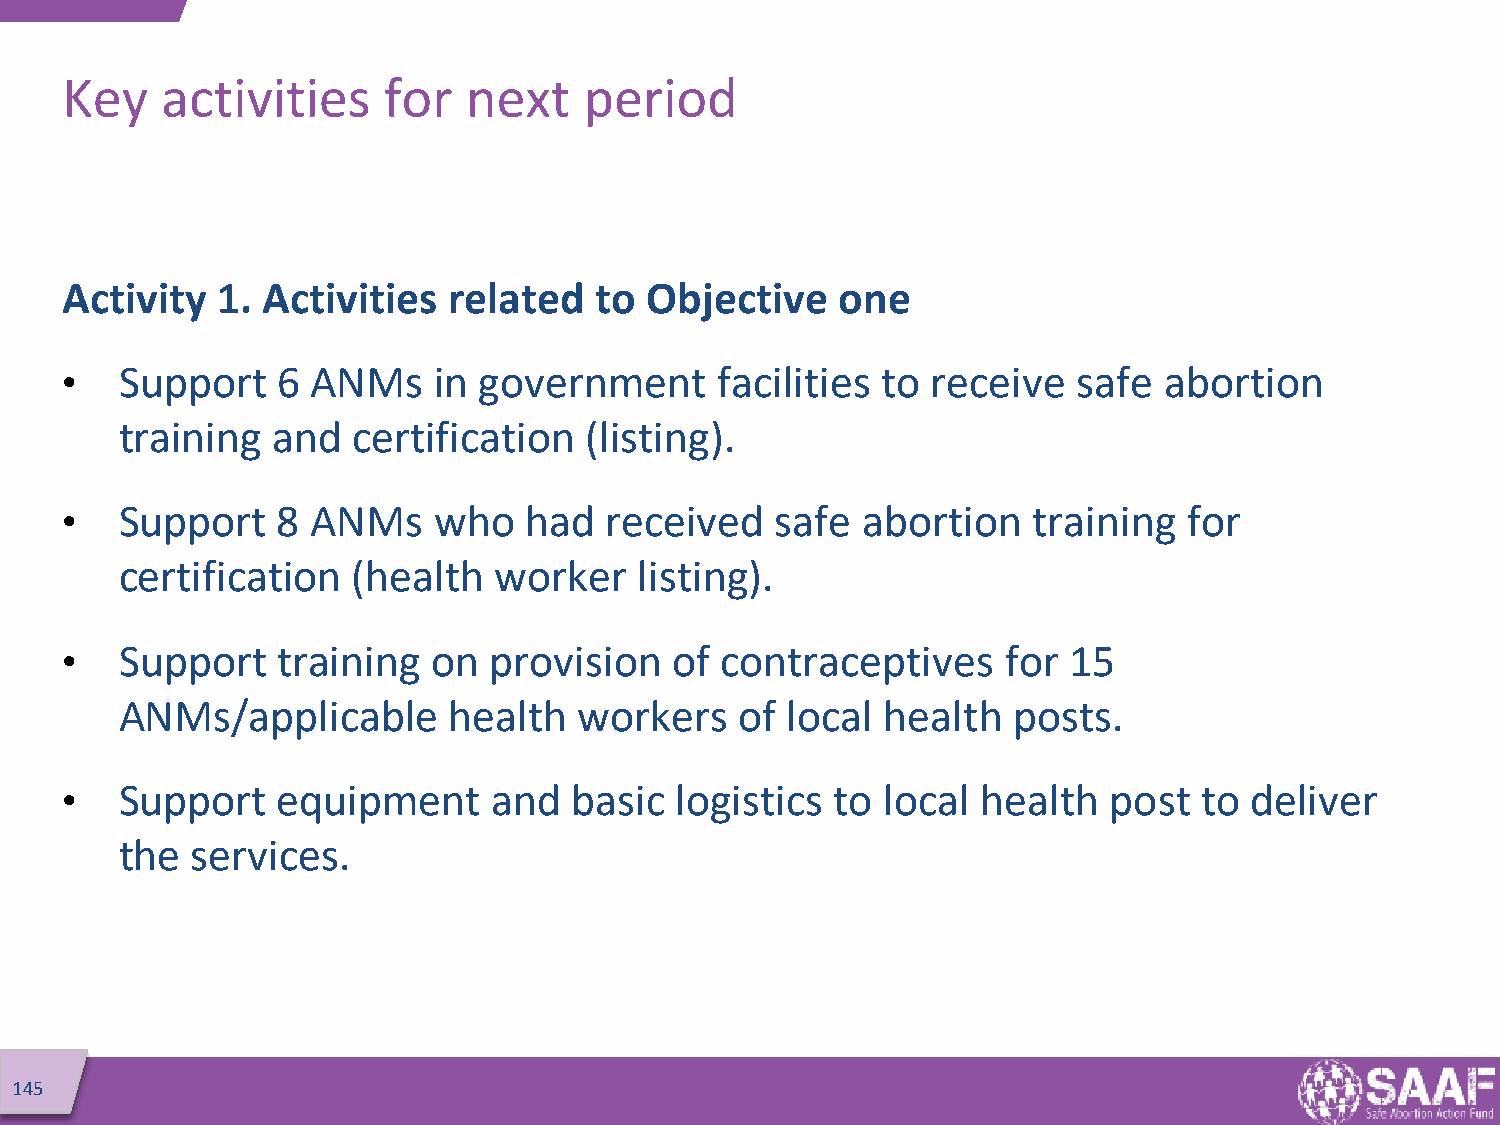
Key    activities    for   next    period
 Activity  1. Activities   related  to  Objective    one
 •   Support   6  ANMs    in government      facilities to receive  safe  abortion
 training  and  certification   (listing).
 •   Support   8  ANMs    who   had  received   safe  abortion   training   for
 certification  (health   worker   listing).
 •   Support   training   on provision   of  contraceptives     for 15
 ANMs/applicable       health  workers    of local  health  posts.
 •   Support   equipment      and  basic  logistics to  local health  post   to deliver
 the  services.
 145